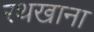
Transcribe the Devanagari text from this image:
रथखाना